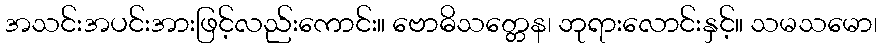
အသင်းအပင်းအားဖြင့်လည်းကောင်း။ ဗောဓိသတ္တေန၊ ဘုရားလောင်းနှင့်။ သမသမော၊